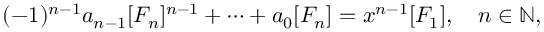
( - 1 ) ^ { n - 1 } a _ { n - 1 } [ F _ { n } ] ^ { n - 1 } + \dots + a _ { 0 } [ F _ { n } ] = x ^ { n - 1 } [ F _ { 1 } ] , \quad n \in \mathbb N ,